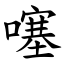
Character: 噻